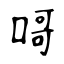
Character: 𠹭